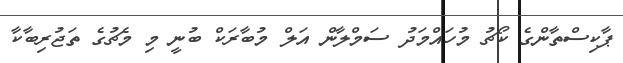
ޕާކިސްތާންގެ ކޯޗު މުހައްމަދު ސަމްލާން އަލް މުބާރަކް ބުނީ މި މެޗުގެ ތަޖުރިބާކާ